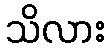
သိလား